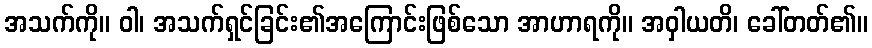
အသက်ကို။ ဝါ၊ အသက်ရှင်ခြင်း၏အကြောင်းဖြစ်သော အာဟာရကို။ အဝှါယတိ၊ ခေါ်တတ်၏။